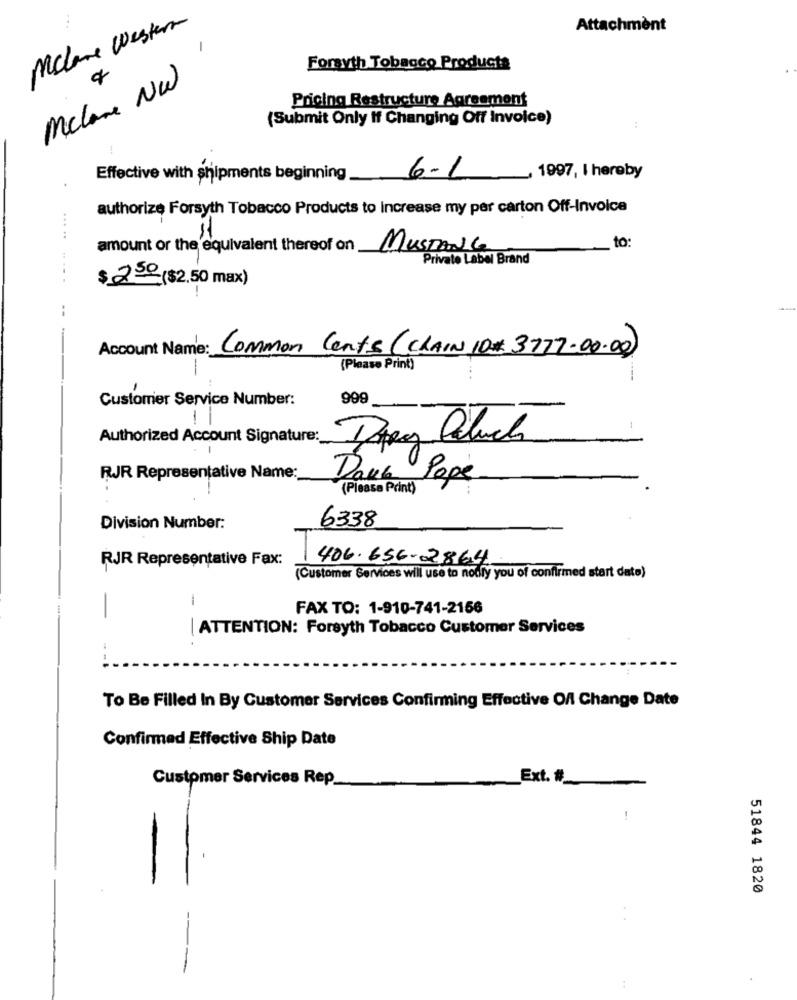
Mclane Western
Attachment
Forsyth Tobacco Products
Mclane NW
Pricing Restructure Agreement
(Submit Only If Changing Off Invoice)
Effective with shipments beginning_
6-1
1997, I hereby
authorize Forsyth Tobacco Products to Increase my per carton Off-Invoice
to:
amount or the equivalent thereof on
MUSTANG
Private Label Brand
$250($2.50 max)
--
Account Name: Common Cents (CLAIN 10# 3777-00.00)
(Please Print)
Customer Service Number:
999
Authorized Account Signature:
RJR Representative Name:
Dou Pope
(Please Print)
Division Number:
6338
RJR Representative Fax:
406.656.2864
(Customer Services will use to nonfy you of confirmed start date)
-
FAX TO: 1-910-741-2156
-
| ATTENTION: Forsyth Tobacco Customer Services
To Be Filled In By Customer Services Confirming Effective Of Change Date
Confirmed Effective Ship Date
Customer Services Rep
Ext. #
11.
51844 1820
---